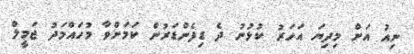
ނިއު އަށް މިދިޔަ އަހަރު ކުޅުނު ދެ ޑިފެންޑަރުން ކަމަށްވާ މުހައްމަދު ޖަމީލް